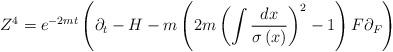
LaTeX: \begin{align*}Z^{4}=e^{-2mt}\left( \partial _{t}-H-m\left( 2m\left( \int \frac{dx}{\sigma\left( x\right) }\right) ^{2}-1\right) F\partial _{F}\right)\end{align*}